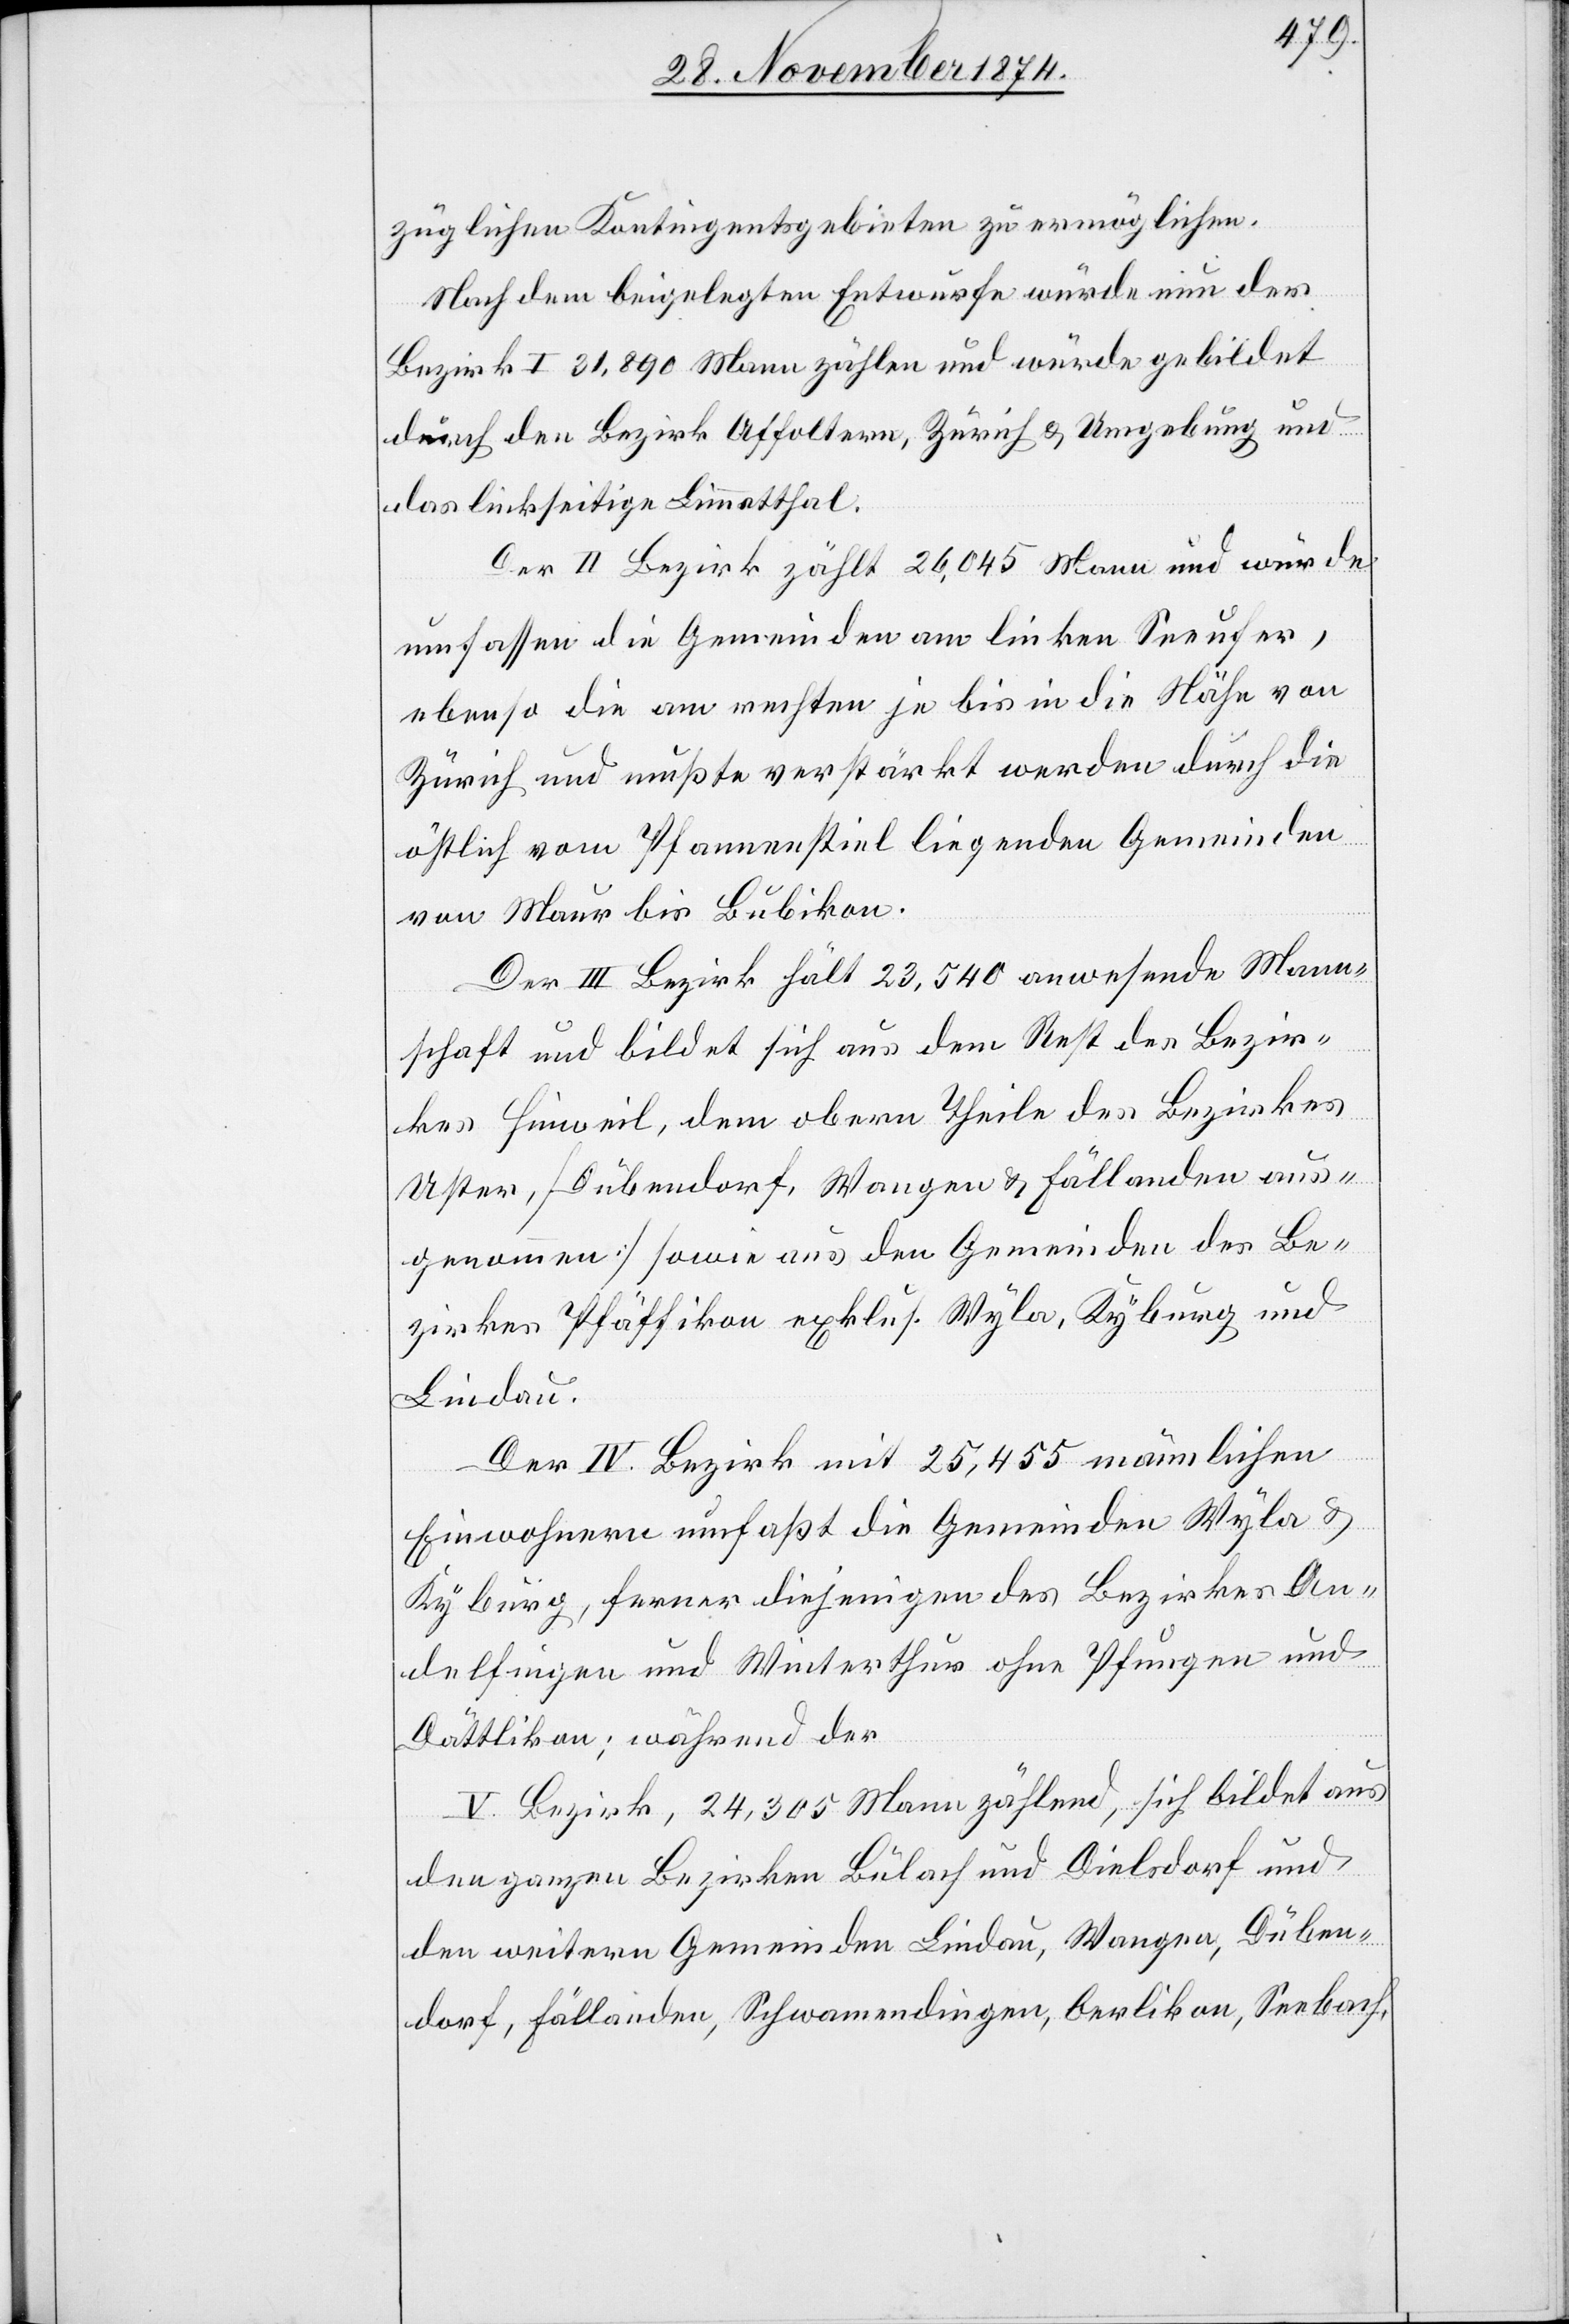
züglichen Kontingentsgebieten zu ermöglichen.
Nach dem beigelegten Entwurfe würde nun der
Bezirk I 31,890 Mann zählen und würde gebildet
durch den Bezirk Affoltern, Zürich & Umgebung und
das linkseitige Limmatthal.
Der II. Bezirk zählt 26,045 Mann und würde
umfassen die Gemeinden am linken Seeufer,
ebenso die am rechten je bis in die Nähe von
Zürich und mußte verstärkt werden durch die
östlich vom Pfannenstiel liegenden Gemeinde¬
n Maur bis Bubikon.
Der III. Bezirk hält 23,540 anwesende Mann¬
schaft und bildet sich aus dem Rest des Bezir¬
kes Hinweil, dem obern Theile des Bezirkes
Uster, [Dübendorf, Wangen & Fällanden aus¬
genommen] sowie aus den Gemeinden des Be¬
zirkes Pfäffikon exklus. Wyla, Kyburg und
Lindau.
Der IV. Bezirk mit 25,455 männlichen
Einwohnern umfaßt die Gemeinden Wyla &
Kyburg, ferner diejenigen des Bezirkes An¬
delfingen und Winterthur ohne Pfungen und
Dättlikon; während der
V. Bezirk, 24,305 Mann zählend, sich bildet aus
den ganzen Bezirken Bülach und Dielsdorf und
den weitern Gemeinden Lindau, Wangen, Düben¬
dorf, Fällanden, Schwamendingen, Oerlikon, Seebach,